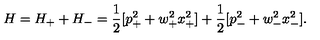
H = H _ { + } + H _ { - } = { \frac { 1 } { 2 } } [ p _ { + } ^ { 2 } + w _ { + } ^ { 2 } x _ { + } ^ { 2 } ] + { \frac { 1 } { 2 } } [ p _ { - } ^ { 2 } + w _ { - } ^ { 2 } x _ { - } ^ { 2 } ] .